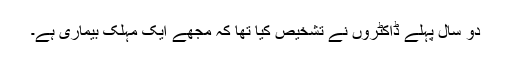
دو سال پہلے ڈاکٹروں نے تشخیص کیا تھا کہ مجھے ایک مہلک بیماری ہے۔